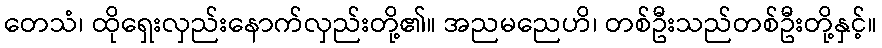
တေသံ၊ ထိုရှေးလှည်းနောက်လှည်းတို့၏။ အညမညေဟိ၊ တစ်ဦးသည်တစ်ဦးတို့နှင့်။